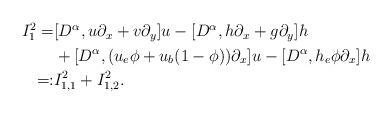
LaTeX: \begin{align*}\begin{aligned}I_1^2=&[D^\alpha,u\partial_x+v\partial_y]u-[D^\alpha,h\partial_x+g\partial_y]h\\&+[D^\alpha,(u_e\phi+u_b(1-\phi))\partial_x]u-[D^\alpha,h_e\phi\partial_x]h\\=:&I^2_{1,1}+I^2_{1,2}.\end{aligned}\end{align*}